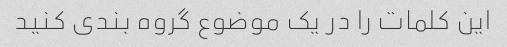
این کلمات را در یک موضوع گروه بندی کنید